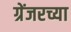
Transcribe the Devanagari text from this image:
ग्रेंजरच्या